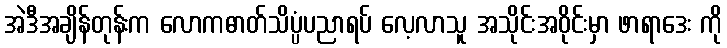
အဲဒီအချိန်တုန်းက လောကဓာတ်သိပ္ပံပညာရပ် လေ့လာသူ အသိုင်းအဝိုင်းမှာ ဖာရာဒေး ကို